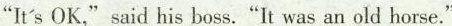
"It's OK," said his boss."It was an old horse."